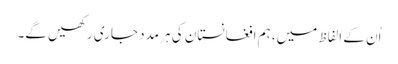
اُن کے الفاظ میں، ہم افغانستان کی ہر مدد جاری رکھیں گے۔